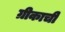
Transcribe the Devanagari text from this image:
ग्रीकाची